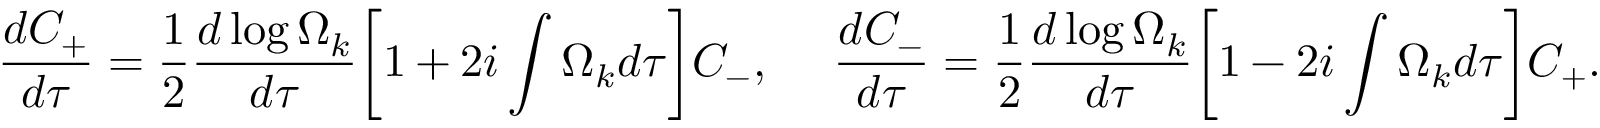
\frac { d C _ { + } } { d \tau } = \frac { 1 } { 2 } \frac { d \log { \Omega _ { k } } } { d \tau } \biggl [ 1 + 2 i \int \Omega _ { k } d \tau \biggr ] C _ { - } , ~ ~ ~ ~ \frac { d C _ { - } } { d \tau } = \frac { 1 } { 2 } \frac { d \log { \Omega _ { k } } } { d \tau } \biggl [ 1 - 2 i \int \Omega _ { k } d \tau \biggr ] C _ { + } .